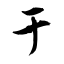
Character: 于